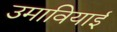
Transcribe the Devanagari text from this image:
उमावियाई